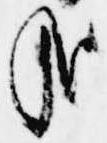
哉